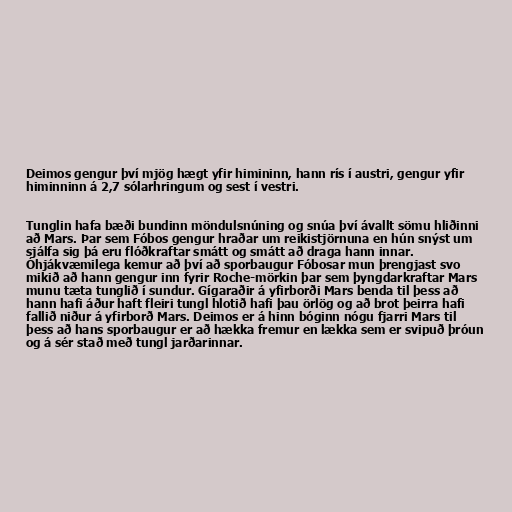
Deimos gengur því mjög hægt yfir himininn, hann rís í austri, gengur yfir
himinninn á 2,7 sólarhringum og sest í vestri.

Tunglin hafa bæði bundinn möndulsnúning og snúa því ávallt sömu hliðinni
að Mars. Þar sem Fóbos gengur hraðar um reikistjörnuna en hún snýst um
sjálfa sig þá eru flóðkraftar smátt og smátt að draga hann innar.
Óhjákvæmilega kemur að því að sporbaugur Fóbosar mun þrengjast svo
mikið að hann gengur inn fyrir Roche-mörkin þar sem þyngdarkraftar Mars
munu tæta tunglið í sundur. Gígaraðir á yfirborði Mars benda til þess að
hann hafi áður haft fleiri tungl hlotið hafi þau örlög og að brot þeirra hafi
fallið niður á yfirborð Mars. Deimos er á hinn bóginn nógu fjarri Mars til
þess að hans sporbaugur er að hækka fremur en lækka sem er svipuð þróun
og á sér stað með tungl jarðarinnar.